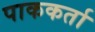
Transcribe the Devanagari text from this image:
पाककर्ता